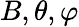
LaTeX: B,\theta,\varphi